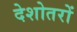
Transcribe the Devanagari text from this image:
देशोतरों